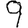
Digit: 9